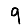
Digit: 9